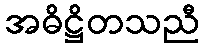
အဓိဋ္ဌိတသညီ